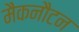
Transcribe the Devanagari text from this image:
मैकनौटन